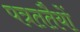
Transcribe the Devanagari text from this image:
पत्रततैयों